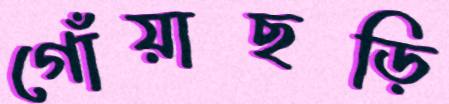
গোঁয়াছড়ি